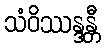
သံဝိဿန္ဒန္တီ